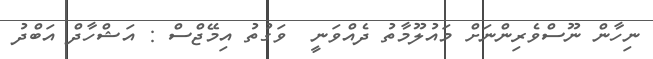
ނިހާން ނޫސްވެރިންނަށް މައުލޫމާތު ދެއްވަނީ  ވަގުތު އިމޭޖްސް : އަޝްހާދް އަބްދު